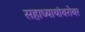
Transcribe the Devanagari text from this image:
सहाध्यायांबरोबर